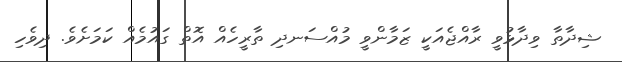
ޝިދާތާ ވިދާޅުވީ ރާއްޖެއަކީ ޒަމާންވީ މުއްސަނދި ތާރީހެއް އޮތް ގައުމެއް ކަމަށެވެ. ދިވެހި